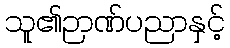
သူ၏ဉာဏ်ပညာနှင့်